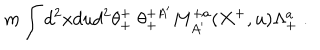
m \int d ^ { 2 } x d u d ^ { 2 } \theta _ { + } ^ { + } \; \theta _ { + } ^ { + A ^ { \prime } } M _ { A ^ { \prime } } ^ { + a } ( X ^ { + } , u ) \Lambda _ { + } ^ { a } \; .